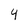
Character: 4